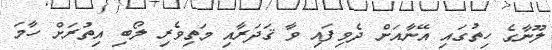
ލޫނާގެ ހިތުގައި އޭނާއަށް ދެވިފައި ވާ ޤަދަރާއި މަތިވެރި ލޯބި އިތުރަށް ހާމަ